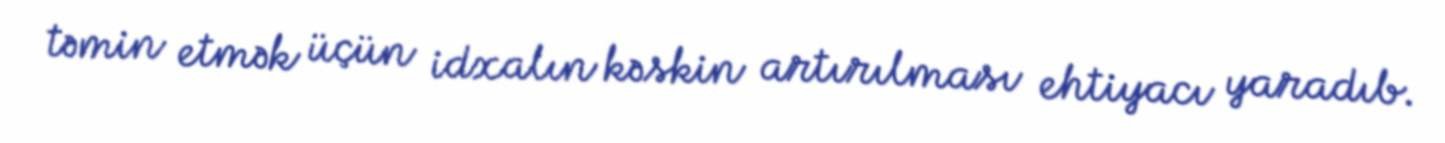
təmin etmək üçün idxalın kəskin artırılması ehtiyacı yaradıb.